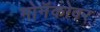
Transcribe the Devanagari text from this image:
मोनॅकोवर